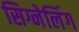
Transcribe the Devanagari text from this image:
सिग्नेलिंग